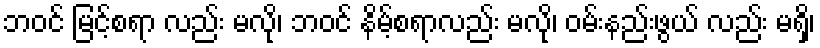
ဘဝင် မြင့်စရာ လည်း မလို၊ ဘဝင် နိမ့်စရာလည်း မလို၊ ဝမ်းနည်းဖွယ် လည်း မရှိ၊